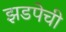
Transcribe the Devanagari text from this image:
झडपेची